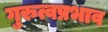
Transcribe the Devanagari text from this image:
गुरुत्वप्रभाव